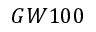
G W 1 0 0